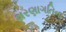
શરણાગતિના